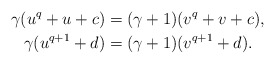
\begin{align*} \gamma (u^q + u + c) &= (\gamma+1) (v^q + v + c),\\ \gamma (u^{q+1} + d) &= (\gamma+1) (v^{q+1} + d).\end{align*}